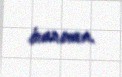
inanıram.